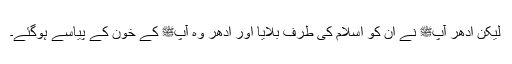
لیکن ادھر آپﷺ نے ان کو اسلام کی طرف بلایا اور ادھر وہ آپﷺ کے خون کے پیاسے ہوگئے۔